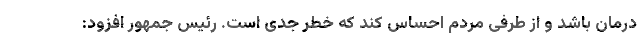
درمان باشد و از طرفی مردم احساس کند که خطر جدی است. رئیس جمهور افزود: